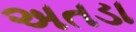
અતડા